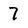
Character: 7